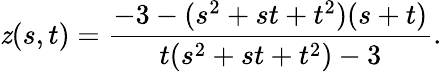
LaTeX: \mathit{z}(s,t)={\frac{{-3-(s^{2}+st+t^{2})(s+t)}}{{t(s^{2}+st+t^{2})-3}}}.